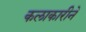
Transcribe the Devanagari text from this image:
कलाकारीने